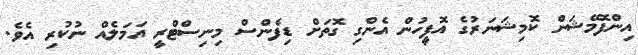
އިންފޮމޭޝަން ކޮމިޝަނަރުގެ އޮފީހުން އެންގި ގޮތަށް ޑިފެންސް މިނިސްޓްރީ އަމަލެއް ނުކުރި އެވެ.